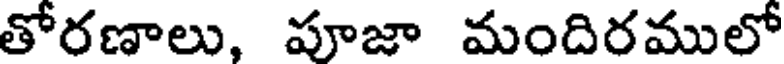
తోరణాలు, పూజా మందిరములో